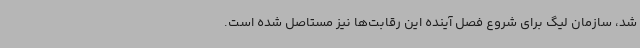
شد، سازمان لیگ برای شروع فصل آینده این رقابت‌ها نیز مستاصل شده است.